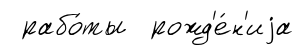
рабо́ты рожд'е́н'иjа